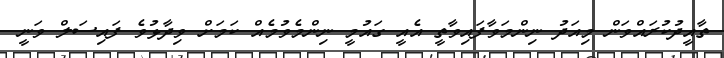
ތާއީދުކުރައްވަން މިއަދު ނިންމަވާފައިވާތީ އެއީ ގައުމީ ނިންމެވުމެއް ކަމަށް ވިދާޅުވެ ފައިސަލް ވަނީ